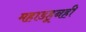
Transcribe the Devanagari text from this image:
महाडहूनही